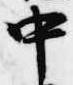
中